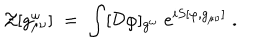
LaTeX: { \mathcal Z } [ g _ { \mu \nu } ^ { \omega } ] \; = \; \int [ { \mathcal D } \varphi ] _ { g ^ { \omega } } \; e ^ { i S [ \varphi , g _ { \mu \nu } ] } \; .